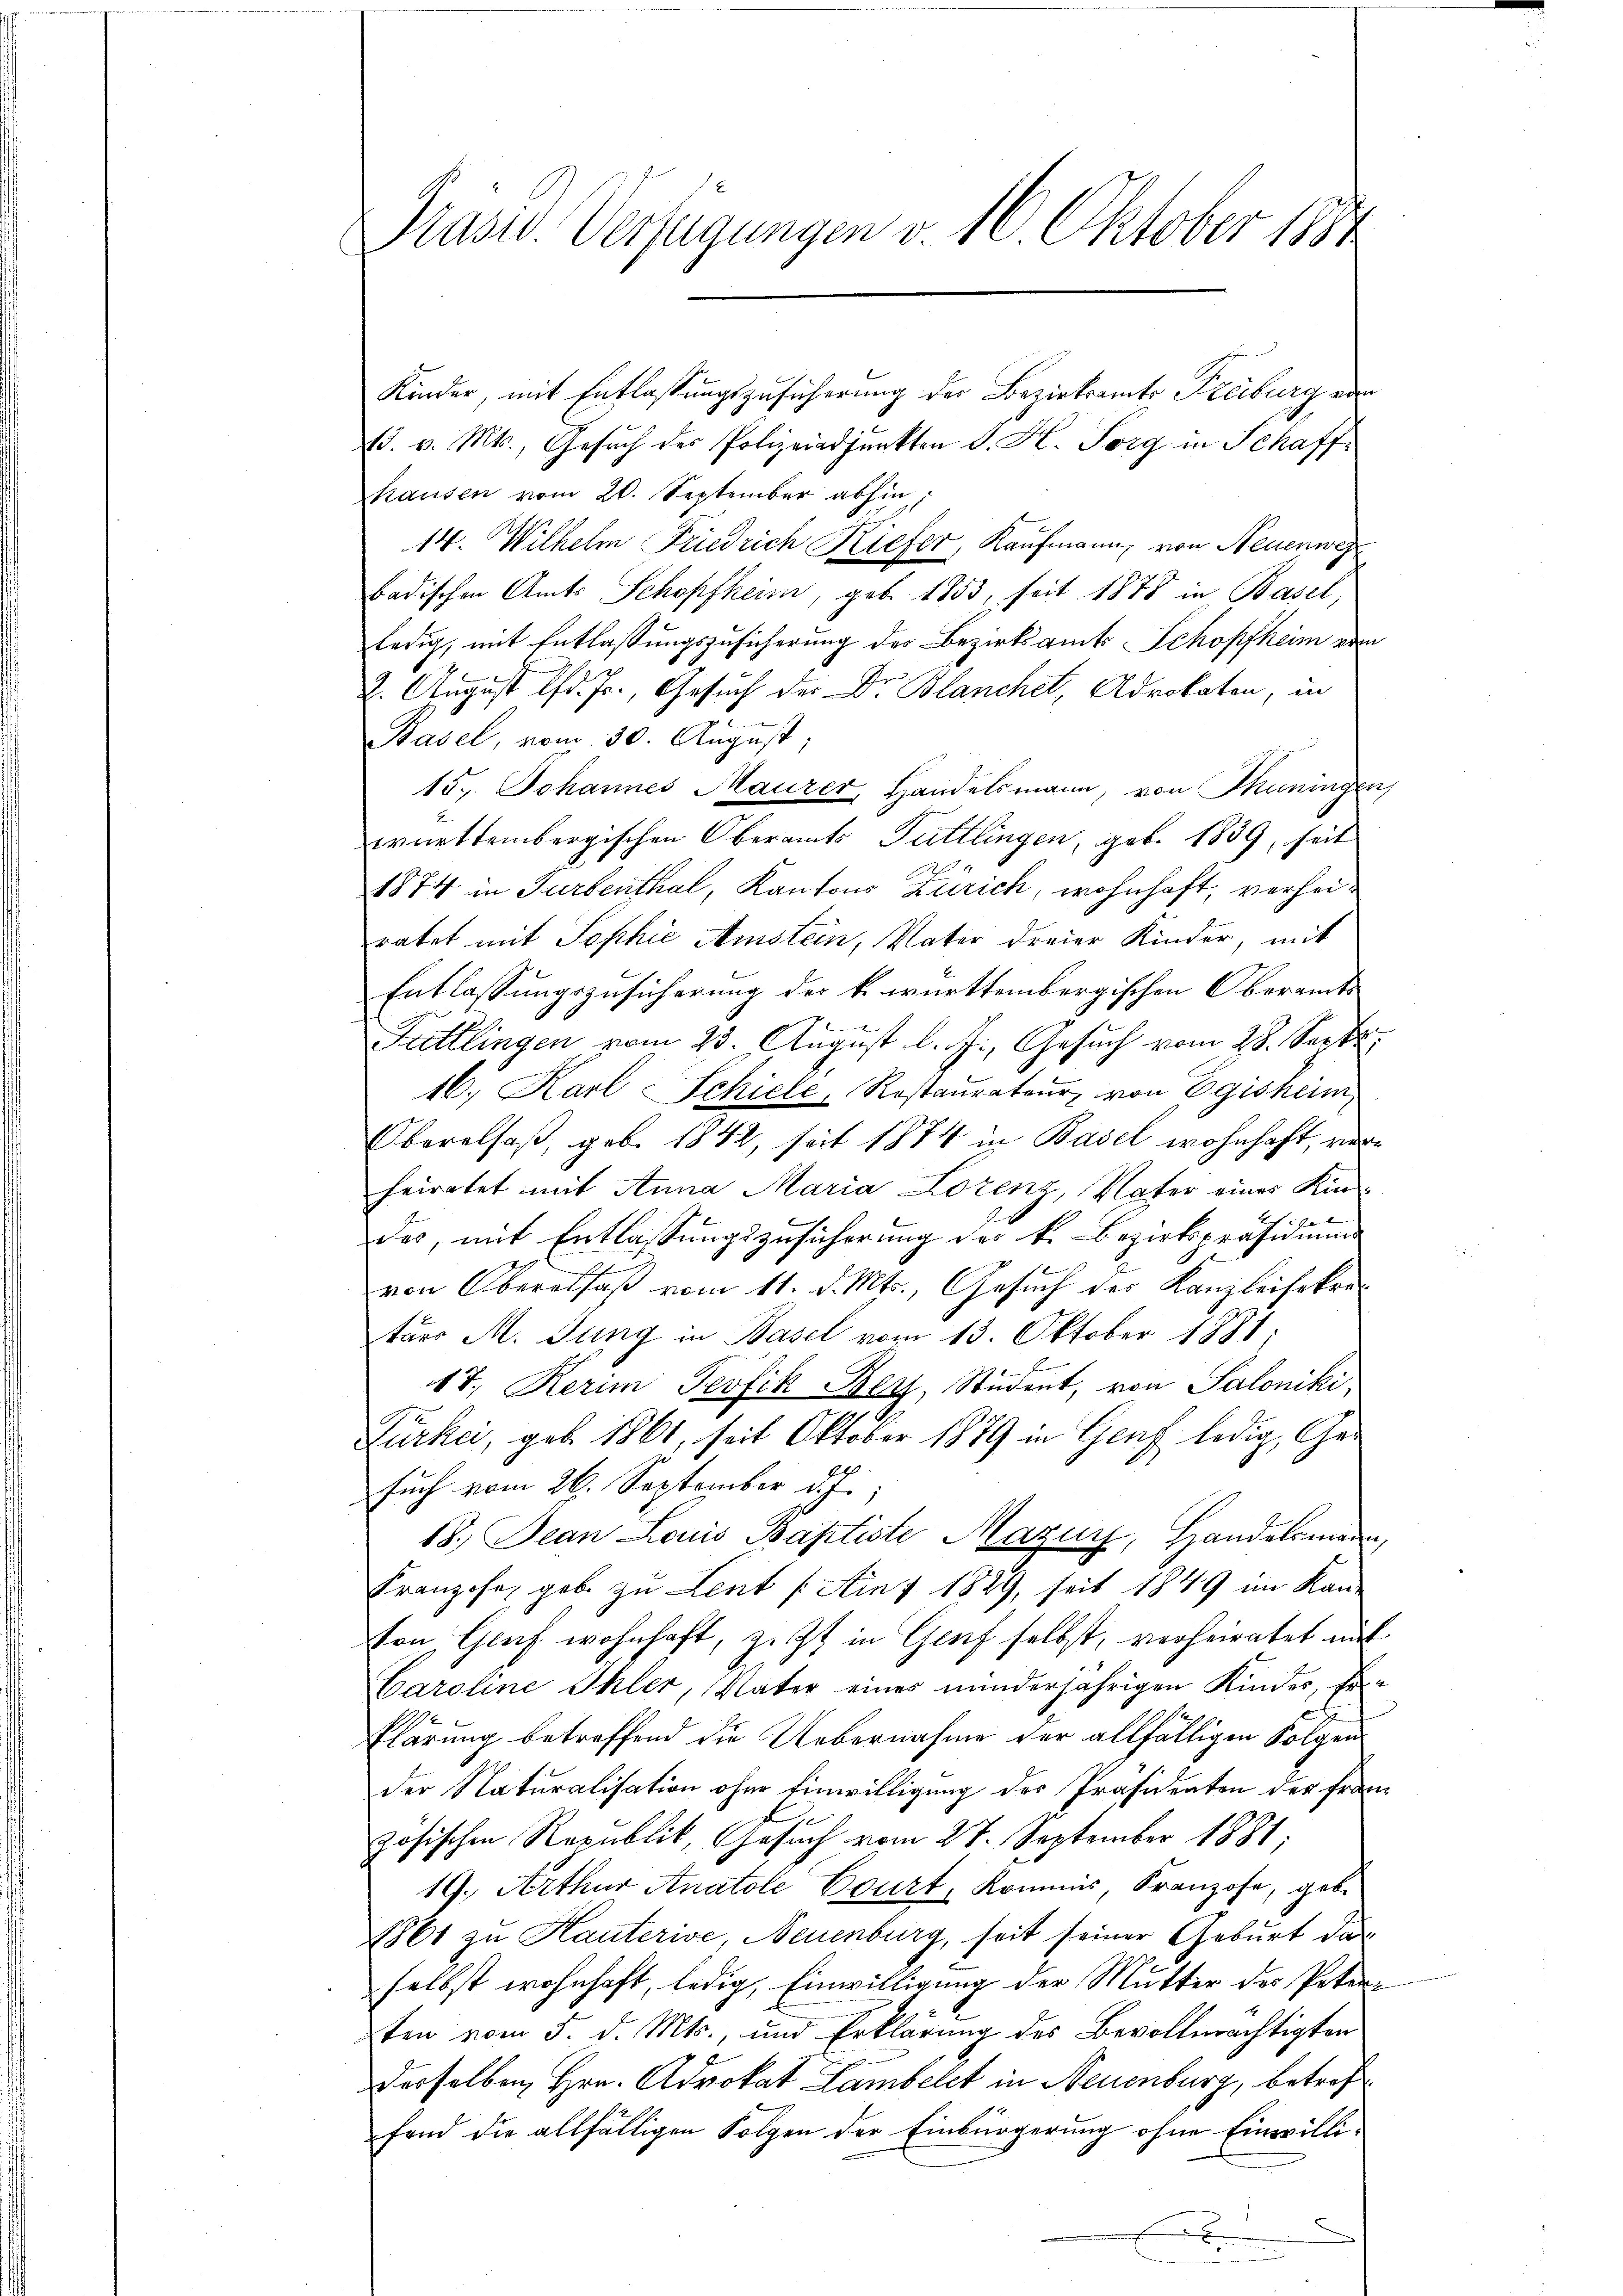
Präsid. Verfügungen v. 16. Oktober 1854

Kinder, mit Entlassungszusicherung der Bezirksamts Freiburg von
(d. v. Mts., Gesŭch des Polizeiadjunkten S. H. Sorg in Schaff-
hausen vom 20. September abhin,
14. Wilhelm Friedrich Kiefer, Kaufmann, von Neuenweg
Badischen Amts Schopfheim, geb. 1853, seit 1878 in Basel,
ledig, mit Entlaßungszusicherung der Bezirksamts Schopfheim vom
2. August lfd. Fr., Gesuch der Dr. Blanchel, Advokaten, in
Basel, vom 30. August,
15. Johannes Maurer, Handelsmann, von Thuningen,
württembergischen Oberamts Tuttlingen, geb. 1839, seit
1874 in Turbenthal, Kantons Zürich, wohnhaft, verheiratet mit Sophie Amstein, Vater dreier Kinder, mit
Entlassungszusicherung der k. württembergischen Oberamts
Futtlingen vom 23. August l. J., Gesuch vom 28. Sept.
16. Karl Schiele, Restaurateur von Egisheim,
Oberalsaß, geb. 1842, seit 1874 in Basel wohnhaft, verheiratet mit Anna Maria Lorenz, Vater eines Kin-
des, mit Entlassungszusicherung des k. Bezirkspräsidium
von Oberalsaß vom 11. d. Mts., Gesuch des Kanzleisekretärs M. Jung in Basel vom 13. Oktober 1881;
17. Kerim Perfik Bey, Student, von Saloniki,
Furkai, geb. 1861, seit Oktober 1879 in Genf ledig, Gesuch vom 26. September d. J.
18. Jean Louis Baptiste Maur, Handelsmann,
Franzose, geb. zu Lent /: Ains 1829, seit 1849 im Kan
ton, Graf wohnhaft, zust in Genf selbst, verheiratet mit
Caroline Ihler, Vater eines minderjährigen Kindes, Er-
klärung betreffend die Uebernahme der allfälligen Folgen
der Naturalisation ohne Einwilligung des Präsidenten der Frau
zösischen Republik, Gesuch vom 27. September 1881,
19., Arthur Anatole Court, Kommis, Franzose, geb.
1861 zu Hauterive, Neuenburg, seit seiner Geburt das
selbst wohnhaft, ledig, Einwilligung der Mutter des Petensten vom 5. d. Mts., und Erklärung des Bevollmächtigten
derselben Hrn. Advokat Lambelst in Neuenburg, betref
fand die allfälligen Folgen der Einbürgerung ohne Einwillix